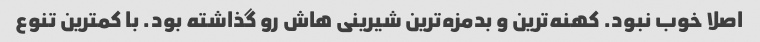
اصلا خوب نبود. کهنه‌ترین و بدمزه‌ترین شیرینی هاش رو گذاشته بود. با کمترین تنوع